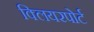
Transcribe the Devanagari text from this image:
क्लियरपोर्ट